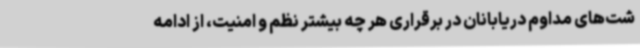
شت‌های مداوم دریابانان در برقراری هر چه بیشتر نظم و امنیت، از ادامه